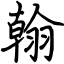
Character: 翰